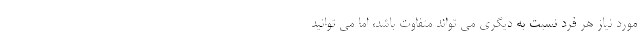
مورد نیاز هر فرد نسبت به دیگری می تواند متفاوت باشد، اما می توانید